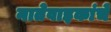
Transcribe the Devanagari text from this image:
नातेवाइकांचे